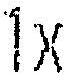
1X